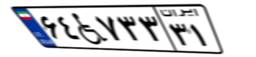
۶۴W۷۳۳۳۱